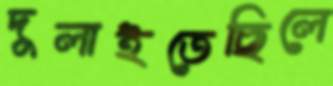
দুলাইতেছিলে